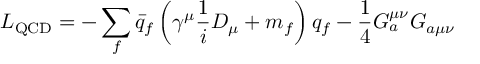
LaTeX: { \cal { L } } _ { \mathrm { Q C D } } = - \sum _ { f } \bar { q } _ { f } \left( \gamma ^ { \mu } \frac { 1 } { i } D _ { \mu } + m _ { f } \right) q _ { f } - \frac { 1 } { 4 } G _ { a } ^ { \mu \nu } G _ { a \mu \nu }